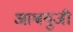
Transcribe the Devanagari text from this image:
आश्वयुजी